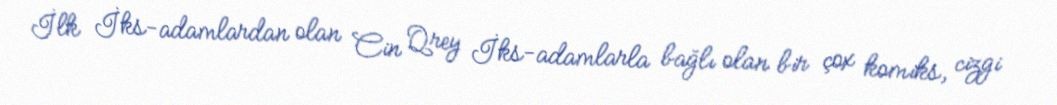
İlk İks-adamlardan olan Cin Qrey İks-adamlarla bağlı olan bir çox komiks, cizgi